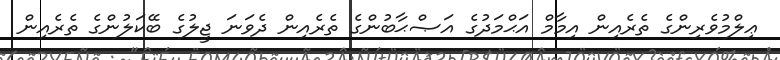
ޢިލްމުވެރިންގެ ތެރެއިން އިމާމް އަޙްމަދުގެ އަޞްޙާބުންގެ ތެރެއިން ދެވަނަ ޖީލުގެ ބޭކަލުންގެ ތެރެއިން